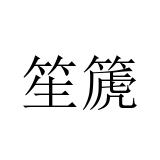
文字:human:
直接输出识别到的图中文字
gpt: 笙篪